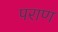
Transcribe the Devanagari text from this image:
पराण